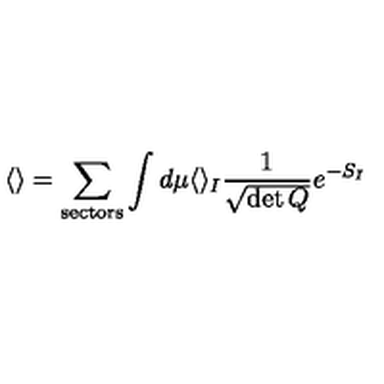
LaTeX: \langle \rangle = \sum _ { \mathrm { s e c t o r s } } \int d \mu \langle \rangle _ { I } \frac { 1 } { \sqrt { \det Q } } e ^ { - S _ { I } }